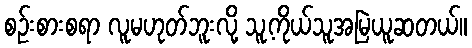
စဉ်းစားစရာ လူမဟုတ်ဘူးလို့ သူ့ကိုယ်သူအမြဲယူဆတယ်။